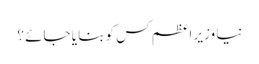
نیا وزیر اعظم کس کو بنا یا جائے ؟